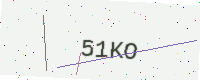
Text: 51KO